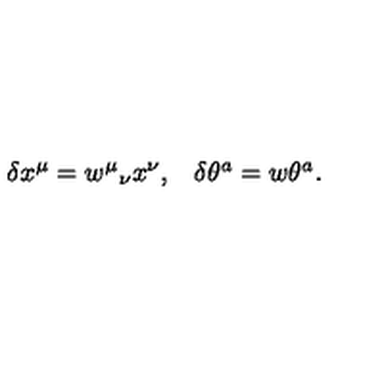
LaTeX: \begin{array} { c c } { \delta x ^ { \mu } = w ^ { \mu } { } _ { \nu } x ^ { \nu } , } & { \delta \theta ^ { a } = w \theta ^ { a } . } \\ \end{array}